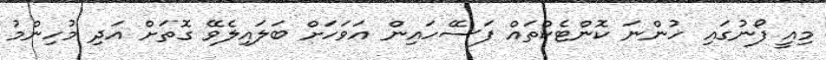
މިއީ ފޯނުގައި ހުންނަ ކޮންޓެކްތައް ފަސޭހައިން އަވަހަށް ބަލައިލެވޭ ގޮތަށް އަދި މުހިންމު